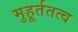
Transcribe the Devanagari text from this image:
मुहूर्ततत्व